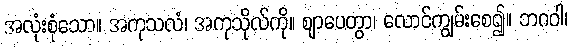
အလုံးစုံသော။ အကုသလံ၊ အကုသိုလ်ကို။ ဈာပေတွာ၊ လောင်ကျွမ်းစေ၍။ ဘဂဝါ၊